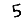
Digit: 5